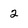
Character: 2